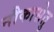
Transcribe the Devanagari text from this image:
नौकासेतु